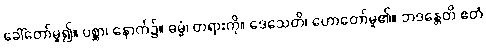
ခေါ်တော်မူ၍။ ပစ္ဆာ၊ နောက်၌။ ဓမ္မံ၊ တရားကို။ ဒေသေတိ၊ ဟောတော်မူ၏။ ဘဒန္တေတိ ဧတံ